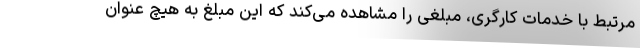
مرتبط با خدمات کارگری، مبلغی را مشاهده می‌کند که این مبلغ به هیچ عنوان